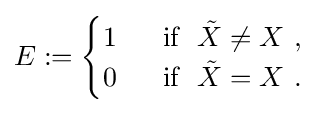
E:={\begin{cases}1~&{\text{ if }}~{\tilde {X}}\neq X~,\\0~&{\text{ if }}~{\tilde {X}}=X~.\end{cases}}